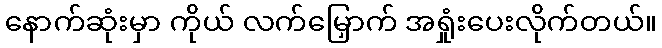
နောက်ဆုံးမှာ ကိုယ် လက်မြှောက် အရှုံးပေးလိုက်တယ်။